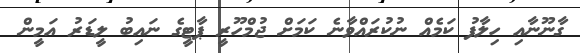
ގާނޫނާއި ހިލާފު ކަމެއް ނުކުރައްވާނެ ކަމަށް ޖުމްހޫރީ ޕާޓީގެ ނައިބު ލީޑަރު އަމީން